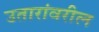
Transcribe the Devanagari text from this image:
उतारांवरील